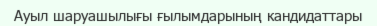
Ауыл шаруашылығы ғылымдарының кандидаттары